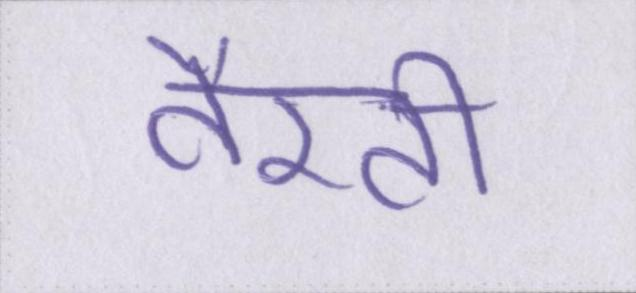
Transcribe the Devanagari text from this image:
तैरती